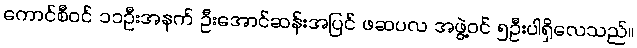
ကောင်စီဝင် ၁၁ဦးအနက် ဦးအောင်ဆန်းအပြင် ဖဆပလ အဖွဲ့ဝင် ၅ဦးပါရှိလေသည်။